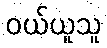
ဝယ်ယူသူ